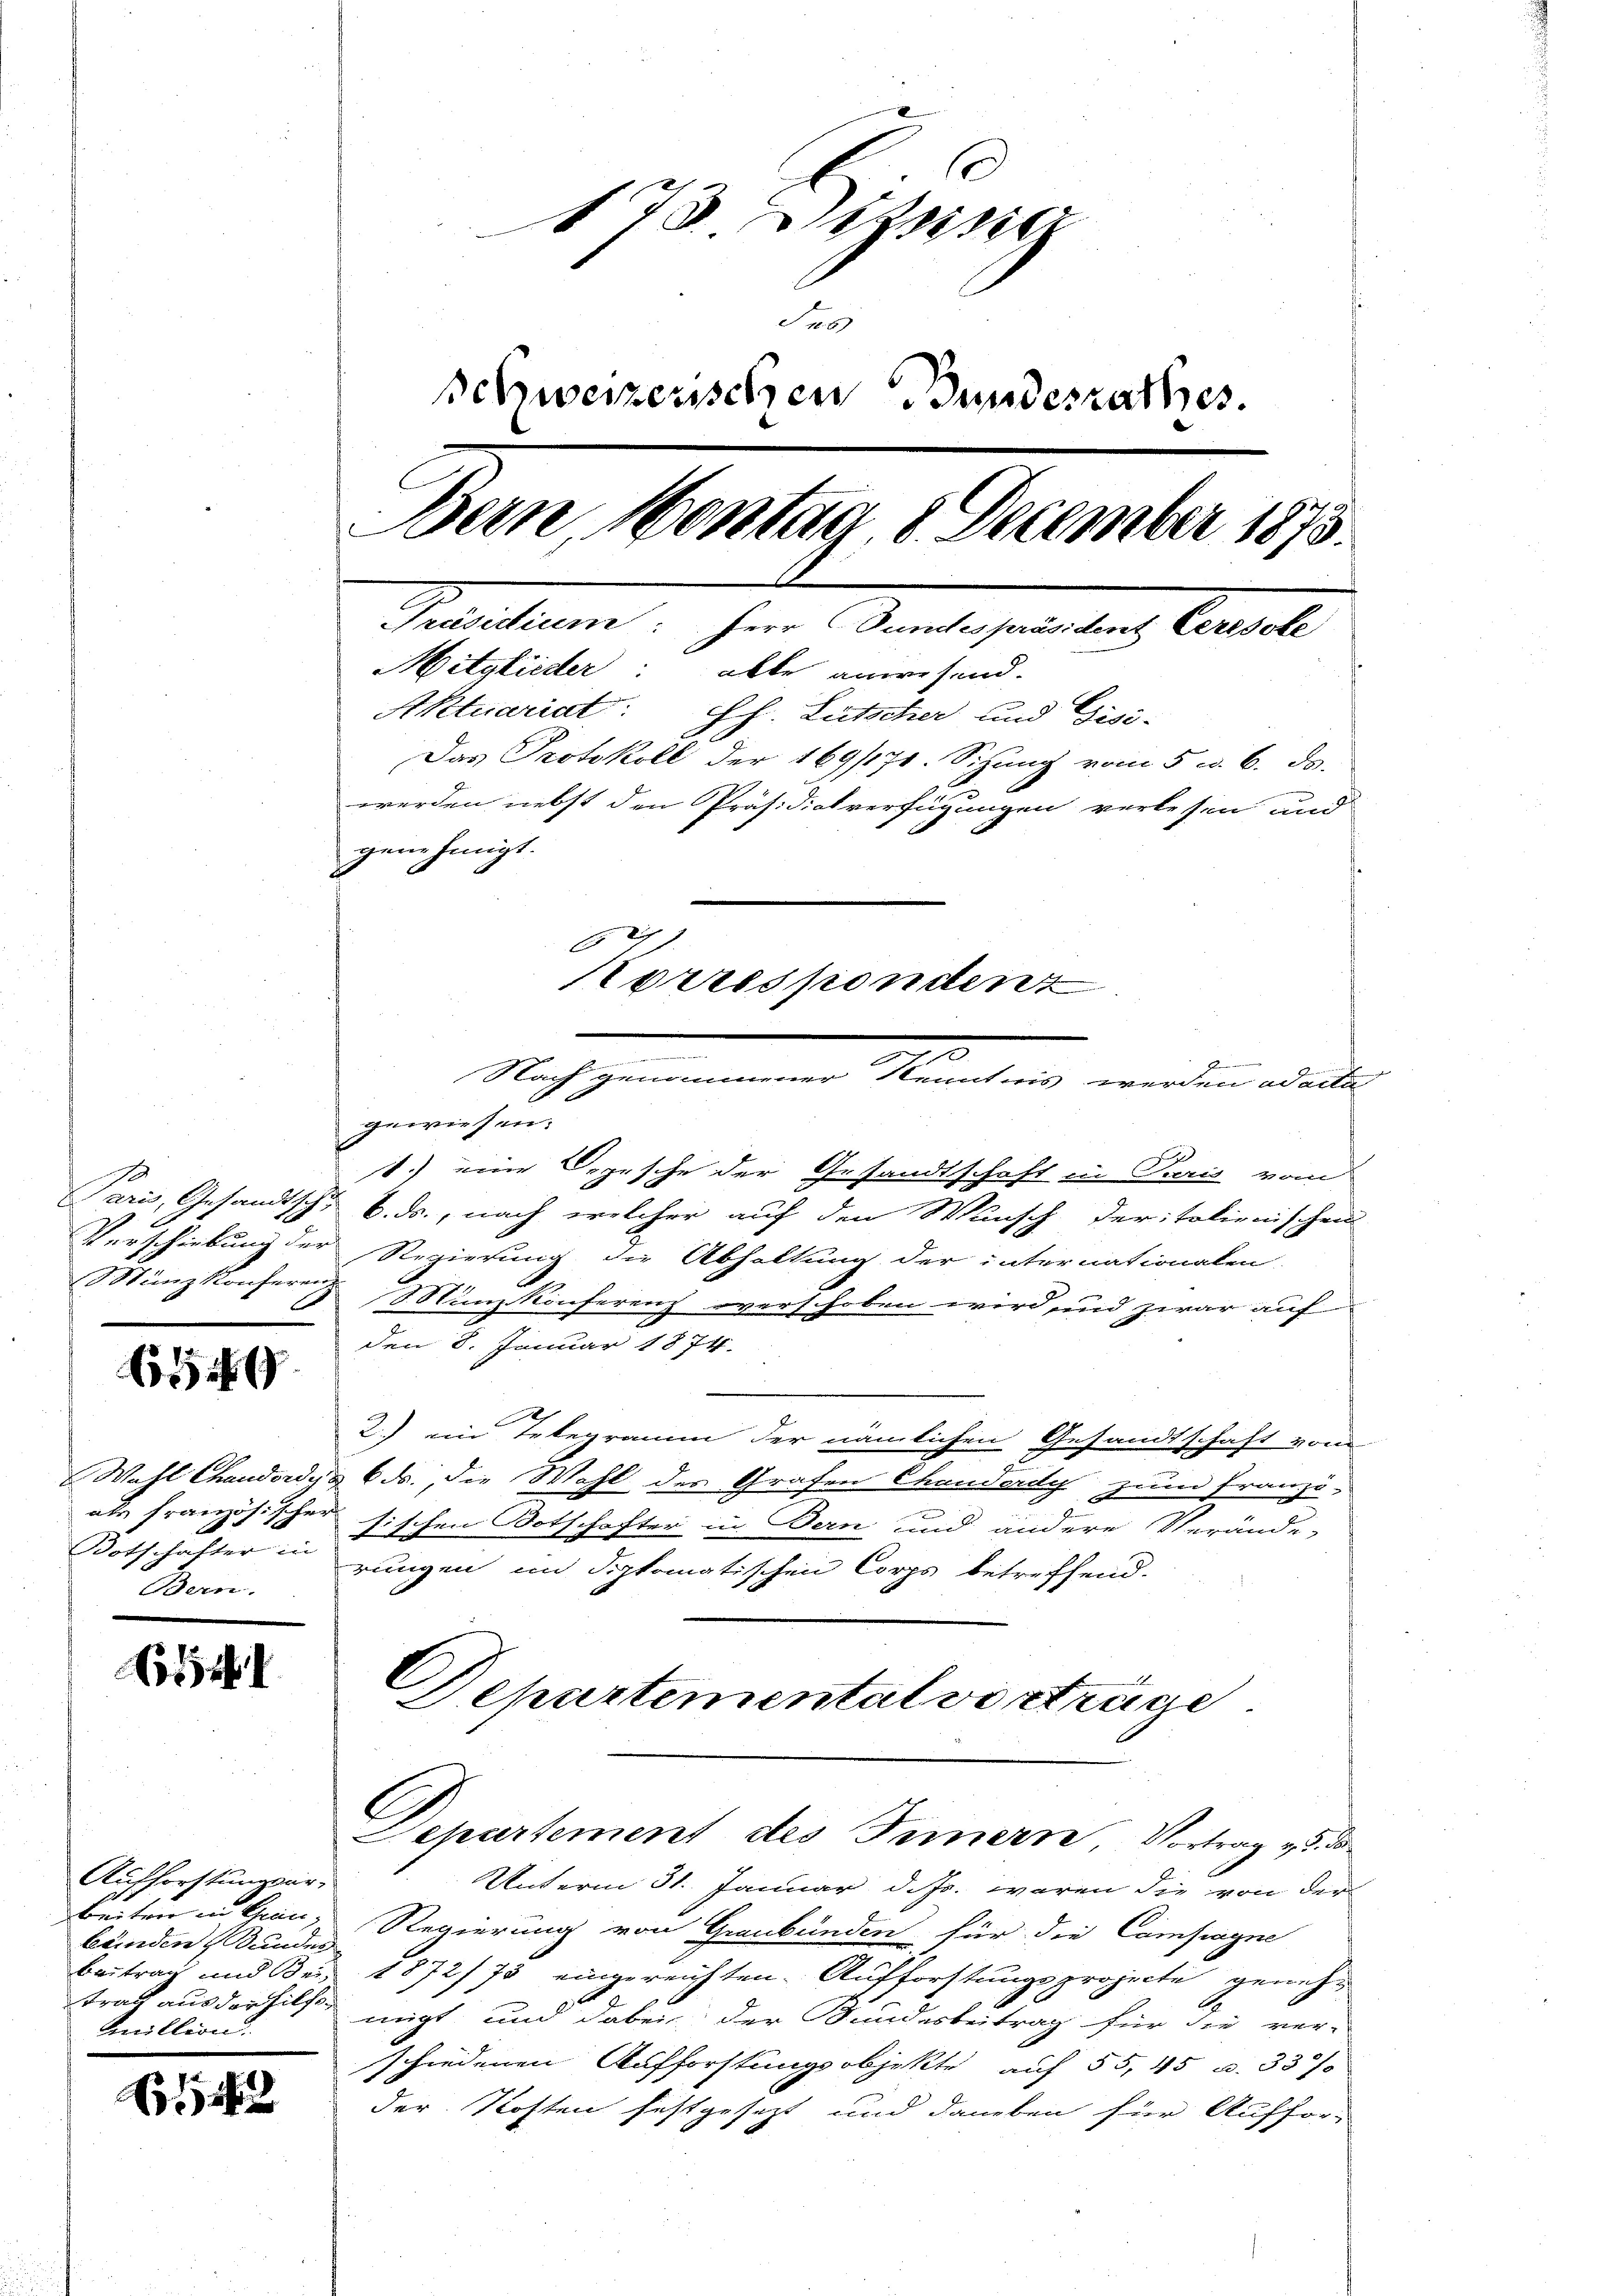
Münz Konferenz

654

als französischen
Dotschafter in
Bern.

1

Aufforstungsar-
beiten in Grau,
bunden Stunden
Beitrag und Bei
Amillion!

142

173. Dieser
Jes
schweizerischen Bundesrathes.
Bern, Montag 8. December 1873.
Präsidium: Herr Bundespräsident Ceresole
Mitglieder: able anwesend.
Aktuariat: Jh. Lutscher und Gisi-
Das Protokoll der 169/171. Schŭng vom 5. v. 6. ds.
werden nebst den Präsidialverfügungen verlesen und
genehmigt.
A
Korrespondenz

gewiesen.
1.) eine Depesche der Gesandtschaft in Paris vom
Paris, Gesandtschl 6. ds., nach welcher auf den Wunsch der italienischen
Verschiebung der Regierung die Abhaltung der internationalen-
Münz-Konferenz verschoben wird und zwar auf
den 8. Januar 1874.
2.) ein Telegramm der nämlichen Gesandtschaft vom
Wahl Chandordng 6 ds., die Wahl des Grafen Chauserdy zum franzö-
rsischen Botschafter in Bern und andere Verände,
rungen im diplomatischen Corps betreffend.
Departemental vortrage
C
Departement des Innern, Vortrag v. 5. d
Unterm 31. Januar d. Js. waren die von der
Regierung von Graubünden für die Campagne
1872/73 eingereichten. Aufforstungsprojecte genehtrag aus der hilft nicht und dabei der Sundesbeitrag für die ver-
schiedenen Aufforstungsobjekte auf 55, 45 u. 337
e
der Kosten festgesezt und daneben für Auffor-

.

d
Nach genommener Kenntnis werden ad acta